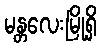
မန္တလေးမြို့ရှိ